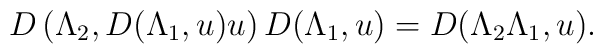
D\left(\Lambda_2, D(\Lambda_1, u) u\right)D(\Lambda_1, u) = D(\Lambda_2 \Lambda_1, u).